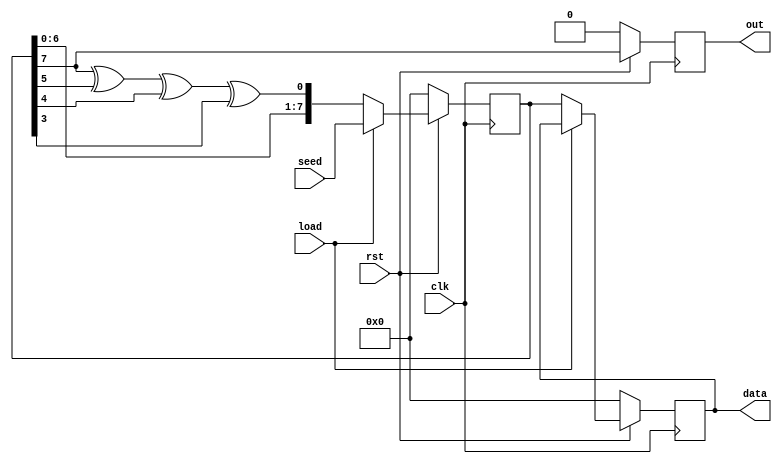
//---------------------------------------------------------------------------------------
// lfsr      
//
//---------------------------------------------------------------------------------------

module lfsr (input [7:0] seed, input load, input clk, input rst, output reg [7:0] data, output reg out);
reg [7:0] reg_seed; // 
reg [8:0] cnt;
reg [8:0] buf_cnt;
reg [31:0] buffer;
reg [8:0] period; // -
reg [3:0] flag;
wire xor_feedback; 
assign xor_feedback = {((reg_seed[7]^reg_seed[5])^reg_seed[4])^reg_seed[3]}; //     

always @(posedge clk)
	begin
		if (!rst)
			begin
			reg_seed <= 8'h0; 
			out <= 0;
			cnt <= 0;
			buffer <= 0;
			flag <= 0;
			period <= 0;
			data <= 0;
			end
		else 
			begin
				out <= reg_seed[7];
			if(load)
				reg_seed <= seed;
			else begin
				reg_seed <= {reg_seed[6:0], xor_feedback};
				data <= reg_seed;
				cnt <= cnt+1;
				case (cnt) 
					1: buffer[31:24] <= reg_seed;
					2: buffer[23:16] <= reg_seed;
					3: buffer[15:8] <= reg_seed;
					4: buffer[7:0]<= reg_seed;
				endcase						
				case (reg_seed) 
					buffer[31:24]:  
								begin 
								flag[0] <= 1; 
								buf_cnt <= cnt;
								end
					buffer[23:16]: 
								begin 
									if (cnt == buf_cnt+1) begin
										flag[1] <= 1; 
										buf_cnt <= cnt;
									end
									else begin
										flag <=0;
										buf_cnt <=0;
									end
								end
					buffer[15:8]:  
								begin 
									if (cnt == buf_cnt+1) begin
										flag[2] <= 1; 
										buf_cnt <= cnt;
									end
									else begin
										flag <=0;
										buf_cnt <=0;
									end
								end
					buffer[7:0]:   
								begin 
									if (cnt == buf_cnt+1) 
										flag[3] <= 1; 
									else begin
										flag <=0;
										buf_cnt <=0;
									end
								end
					default: 	begin
									flag <= 0;
									buf_cnt <=0;
								end
				endcase
				if (flag == 8'hF) begin 
					period <= cnt-4;
					cnt <=0;
					flag <=0;
					buf_cnt <= 0;
				end


			end
			end
	end
endmodule